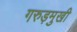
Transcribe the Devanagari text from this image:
गरुड़मुखी